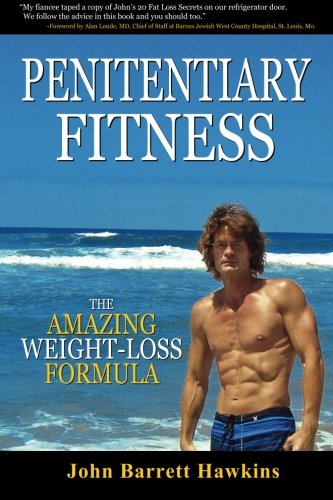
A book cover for Penitentiary Fitness: The Amazing Weight Loss Formula or A Bodyweight Exercises and Workouts Training Program (Volume 2); John Barrett Hawkins; Health, Fitness & Dieting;